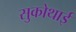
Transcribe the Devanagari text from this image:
सुकोथाई